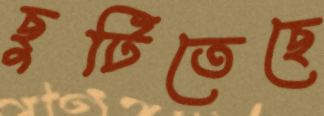
ছুটিতেছে